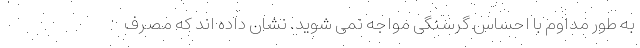
به طور مداوم با احساس گرسنگی مواجه نمی شوید. نشان داده اند که مصرف